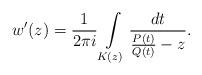
LaTeX: \begin{align*} w'(z)=\frac{1}{2\pi i}\int\limits_{K(z)}\frac{dt}{\frac{P(t)}{Q(t)}-z}.\end{align*}